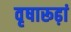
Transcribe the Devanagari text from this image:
वृषारूढ़ां